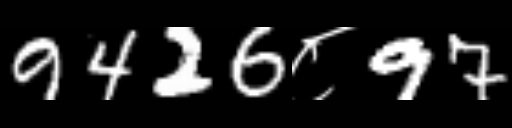
Text: 9426८97